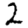
Digit: 2